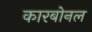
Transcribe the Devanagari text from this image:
कारबोनल